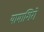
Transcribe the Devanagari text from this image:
यामाशिरो